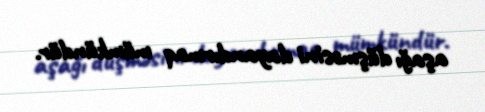
aşağı düşməsini dayandırmaq mümkündür.